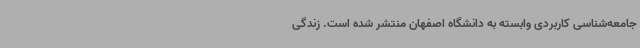
جامعه‌شناسی کاربردی وابسته به دانشگاه اصفهان منتشر شده است. زندگی